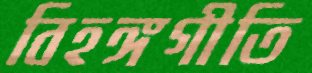
বিহঙ্গগীতি